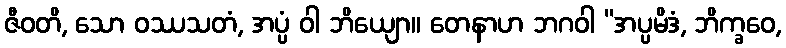
ဇီဝတိ, သော ဝဿသတံ, အပ္ပံ ဝါ ဘိယျော။ တေနာဟ ဘဂဝါ “အပ္ပမိဒံ, ဘိက္ခဝေ,